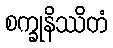
စက္ခုနိဿိတံ